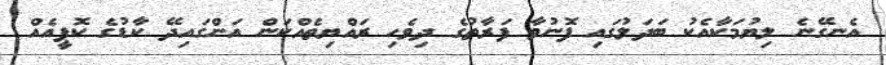
އެނގޭނެ ލިޔުމަކާއެކު ބަދަލުގައި ފޮނުވާ ފަރާތުގެ ދިވެހި ރައްޔިތެއްކަން އަންގައިދޭ ކާޑުގެ ކޮޕީއެއް